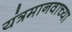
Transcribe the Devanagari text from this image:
यंत्रमानवाच्या